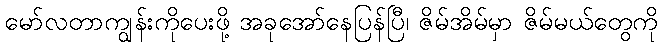
မော်လတာကျွန်းကိုပေးဖို့ အခုအော်နေပြန်ပြီ၊ ဇိမ်အိမ်မှာ ဇိမ်မယ်တွေကို